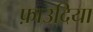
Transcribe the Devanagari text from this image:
फ़ाउदिया